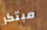
مبتكر